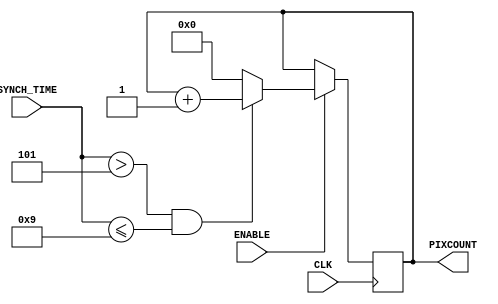
module PixCounter(
	CLK, 					//clock signal
	SYNCH_TIME,			//value of synch time
	PIXCOUNT,			//address of pixel
	ENABLE				//downcounter
    );
	
	parameter AddressSize = 10;				//size of the max value in the address
	parameter TimeToBackPorchEnd = 5;//30;		//start point of displaying
	parameter TimeToDisplayTimeEnd	= 10;//510;//end point of displaying
	
	input CLK;					//defined as input
	input ENABLE;				//defined as input
	input [9:0]SYNCH_TIME;	//synch time now
	output reg [AddressSize - 1: 0] PIXCOUNT;//address of the pixel
	
	initial begin				//initial value for the simulation
		PIXCOUNT = 0;
	end
	
	//Another way of calculating the Address of a pixel
	//but requires substraction of more than one bit
	//thus uses more resources and still does the same function
	/*
	always@(posedge CLK) begin
		if (ENABLE) begin
			if ((SYNCH_TIME > TimeToBackPorchEnd)
				&& (SYNCH_TIME <= TimeToDisplayTimeEnd))
				PIXCOUNT <= SYNCH_TIME - TimeToBackPorchEnd - 1;
			else
				PIXCOUNT <= 0;
		end
	end
	*/
	
	always@(posedge CLK) begin//+1
	if (ENABLE) begin	//if triggered counting & synch time is in between displaying area 
			if ((SYNCH_TIME > TimeToBackPorchEnd) && (SYNCH_TIME <= TimeToDisplayTimeEnd-1))
				PIXCOUNT <= PIXCOUNT + 1;	//increment address
			else
				PIXCOUNT <= 0;					//else reset address to 0
		end
	end
	
endmodule